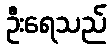
ဦးရေသည်